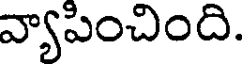
వ్యాపించింది.